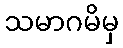
သမာဂမိမှ